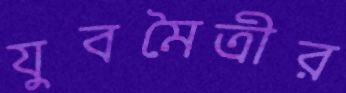
যুবমৈত্রীর